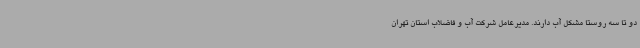
دو تا سه روستا مشکل آب دارند. مدیرعامل شرکت آب و فاضلاب استان تهران